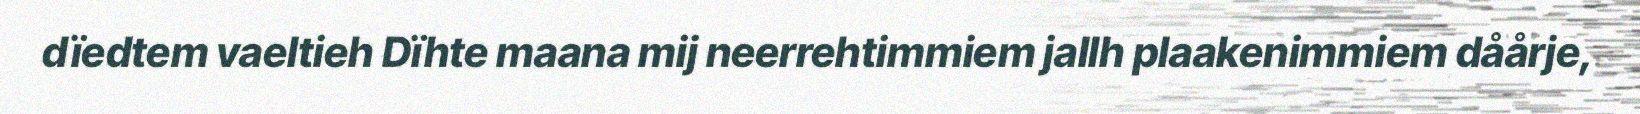
dïedtem vaeltieh Dïhte maana mij neerrehtimmiem jallh plaakenimmiem dåårje,